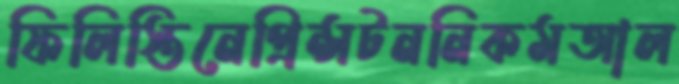
ফিলিস্তিনেপ্রিন্সটননিকমআল